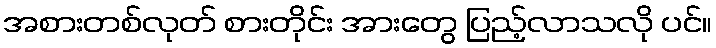
အစားတစ်လုတ် စားတိုင်း အားတွေ ပြည့်လာသလို ပင်။